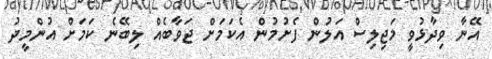
އޭނާ ވިދާޅުވީ މަޖިލިސް އަލުން ފެށުމުން އެކަމަށް ޖަވާބެއް ލިބޭނެ ކަމަށް އުންމީދު